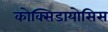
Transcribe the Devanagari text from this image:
कोक्सिडायोसिस